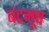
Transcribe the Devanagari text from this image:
बंटमूष